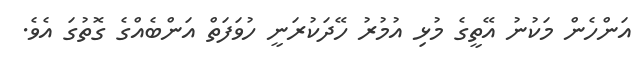
އަންހެން މަކުނު އޭތީގެ މުޅި އުމުރު ހޭދަކުރަނީ ހުވަފަތް އަންބެއްގެ ގޮތުގަ އެވެ.